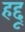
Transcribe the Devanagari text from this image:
हद्दू